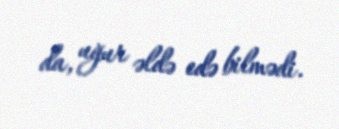
da, uğur əldə edə bilmədi.